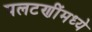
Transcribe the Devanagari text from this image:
पलटणींमध्ये